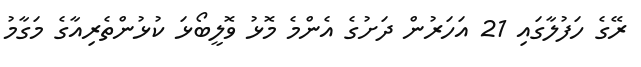
ރޭގެ ހަފުލާގައި 21 އަހަރުން ދަށުގެ އެންމެ މޮޅު ވޮލީބޯޅަ ކުޅުންތެރިއާގެ މަގާމު